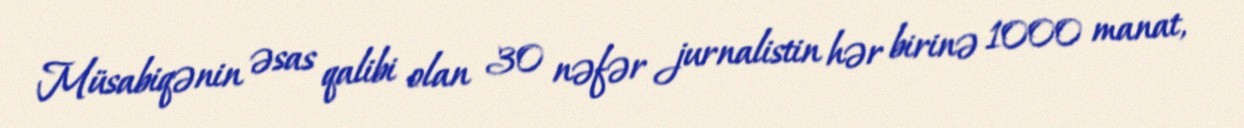
Müsabiqənin əsas qalibi olan 30 nəfər jurnalistin hər birinə 1000 manat,